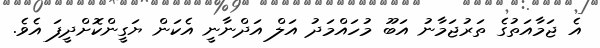
އެ ޖަމާއަތުގެ ތަރުޖަމާނު އަބޫ މުހައްމަދު އަލް އަދްނާނީ އެކަން ޔަގީންކޮށްދީފަ އެވެ.